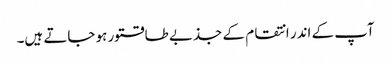
آپ کے اندر انتقام کے جذبے طاقتور ہو جاتے ہیں۔